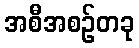
အစီအစဉ်တခု